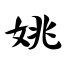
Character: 姚